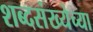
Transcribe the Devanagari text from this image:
शब्दसंख्येच्या